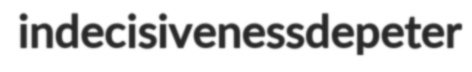
indecisiveness depeter